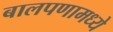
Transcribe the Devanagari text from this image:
बालपणामध्ये